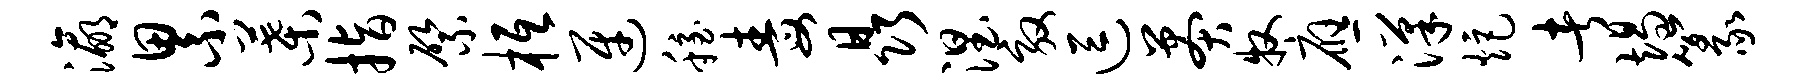
瀛累叶指綮柢迓稳毒晶涅效逗莽牧应汉炬者竭篆